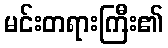
မင်းတရားကြီး၏